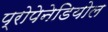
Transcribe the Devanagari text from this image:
प्रोपेनेडियोल